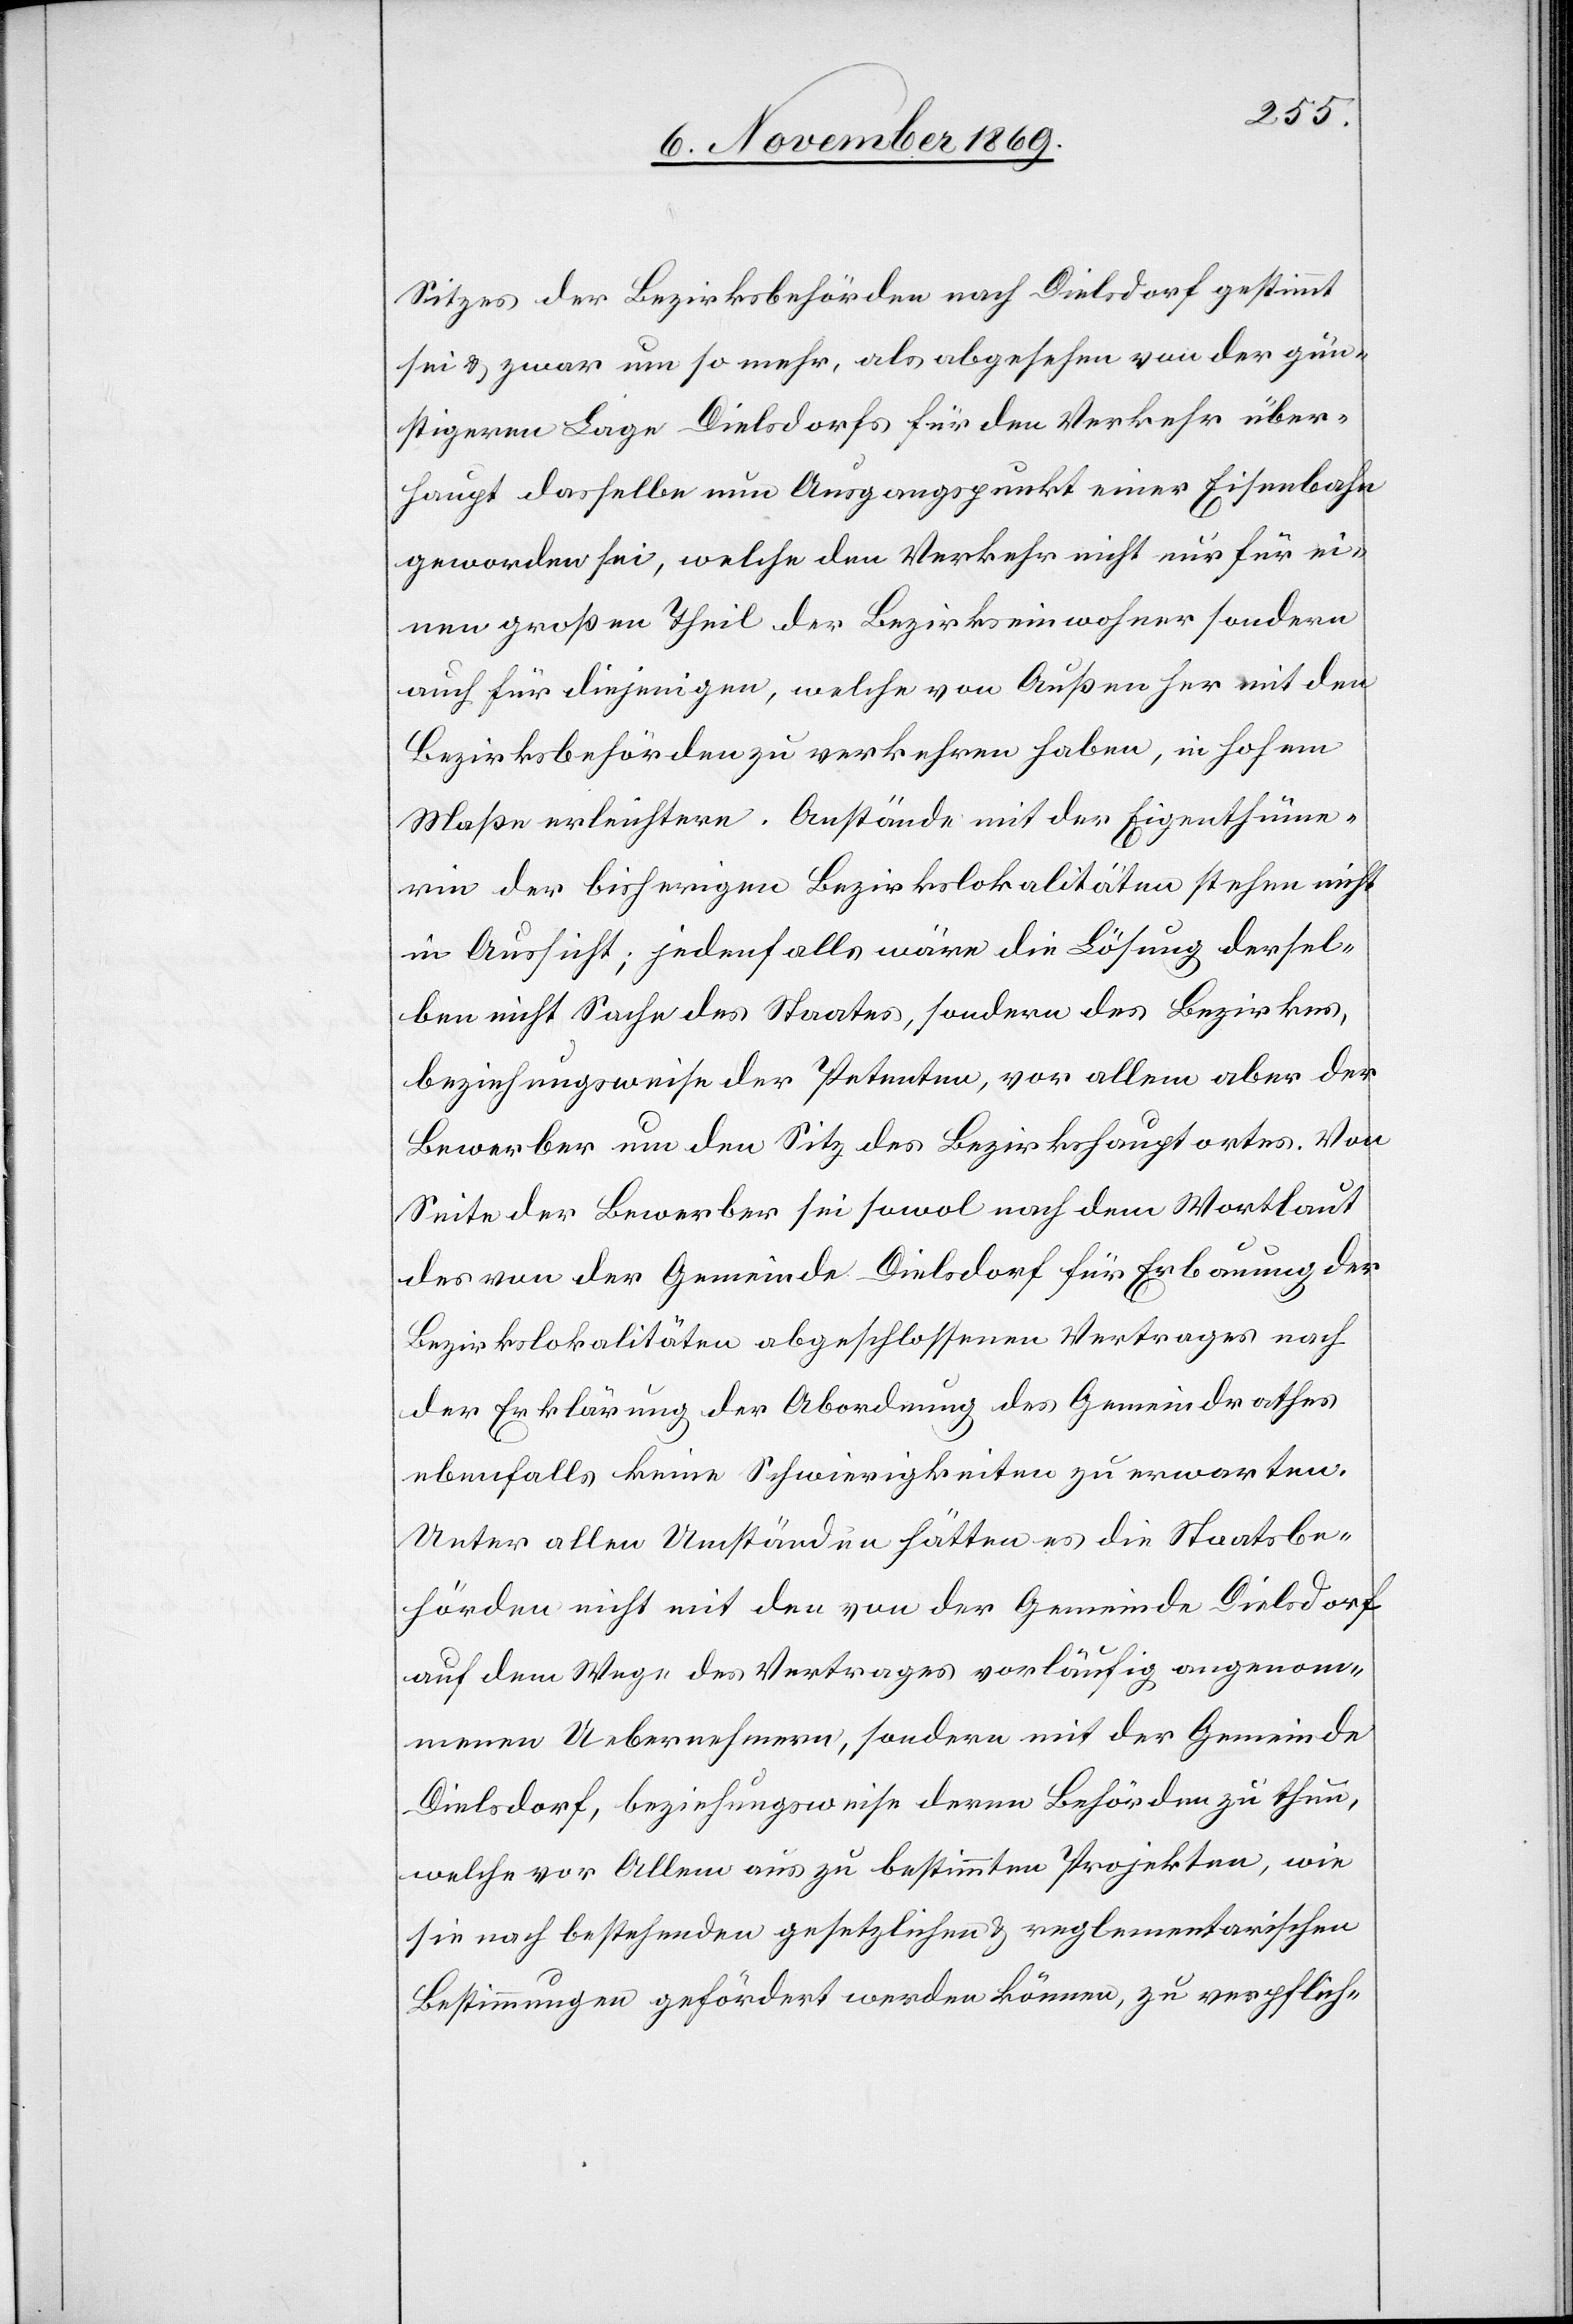
Sitzes der Bezirksbehörden nach Dielsdorf gestimmt
sei & zwar um so mehr, als abgesehen von der gün¬
stigeren Lage Dielsdorfs für den Verkehr über¬
haupt dasselbe nun Ausgangspunkt einer Eisenbahn
geworden sei, welche den Verkehr nicht nur für ei¬
nen großen Theil der Bezirkseinwohner sondern
auch für diejenigen, welche von Außen her mit den
Bezirksbehörden zu verkehren haben, in hohem
Maße erleichtere. Anstände mit der Eigenthüme¬
rin der bisherigen Bezirkslokalitäten stehen nicht
in Aussicht; jedenfalls wäre die Lösung dersel¬
ben nicht Sache des Staates, sondern des Bezirkes,
beziehungsweise der Petenten, vor allem aber der
Bewerber um den Sitz des Bezirkshauptortes. Von
Seite der Bewerber sei[en] sowol nach dem Wortlaut
des von der Gemeinde Dielsdorf für Erbauung der
Bezirkslokalitäten abgeschlossenen Vertrages [wie] nach
der Erklärung der Abordnung des Gemeindrathes
ebenfalls keine Schwierigkeiten zu erwarten.
Unter allen Umständen hätten es die Staatsbe¬
hörden nicht mit den von der Gemeinde Dielsdorf
auf dem Wege des Vertrages vorläufig angenom¬
menen Uebernehmern, sondern mit der Gemeinde
Dielsdorf, beziehungsweise deren Behörden zu thun,
welche vor Allem aus zu bestimmten Projekten, wie
sie nach bestehenden gesetzlichen & reglementarischen
Bestimmungen gefördert werden können, zu verpflich-